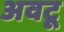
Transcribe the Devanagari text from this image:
अवटू